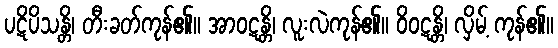
ပဋိပိသန္တိ၊ တီးခတ်ကုန်၏။ အာဝဋန္တိ၊ လူးလဲကုန်၏။ ဝိဝဋန္တိ၊ လှိမ့် ကုန်၏။